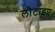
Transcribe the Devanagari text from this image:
लौटाइए